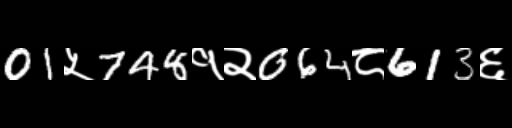
Text: 01५748१२064८613६